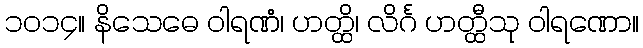
၁၀၁၄။ နိသေဓေ ဝါရဏံ၊ ဟတ္ထိ၊ လိင်္ဂ ဟတ္ထီသု ဝါရဏော။